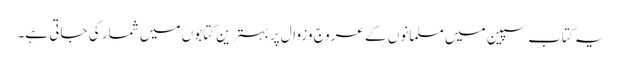
یہ کتاب سپین میں مسلمانوں کے عروج وزوال پر بہترین کتابوں میں شمار کی جاتی ہے۔